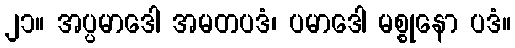
၂၁။ အပ္ပမာဒေါ အမတပဒံ၊ ပမာဒေါ မစ္စုနော ပဒံ။